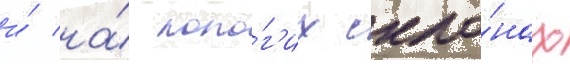
и́ на́ поло́г'их скло́нах